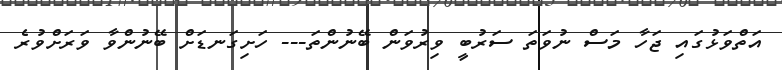
އަތްވަޅުގައި ޖަހާ މަސް ނުވަތަ ސަރުބީ ވިރުވަން ބޭނުންތަ--- ހަށިގަނޑަށް ބޭނުންވާ ވަރަށްވުރެ